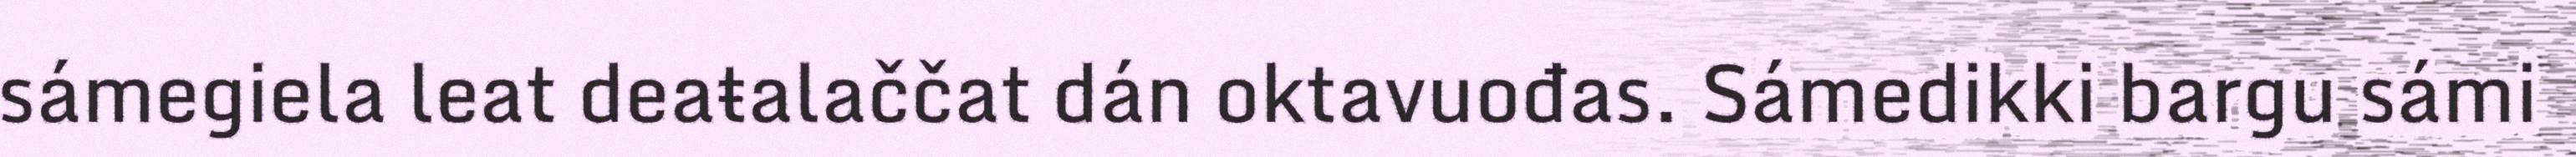
sámegiela leat deaŧalaččat dán oktavuođas. Sámedikki bargu sámi